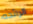
الرائحه